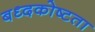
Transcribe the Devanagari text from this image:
बध्दकोष्टता